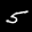
Digit: 5